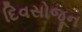
દિવસોજૂન